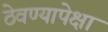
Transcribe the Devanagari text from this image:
ठेवण्यापेक्षा